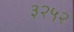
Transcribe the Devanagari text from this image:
३२५२